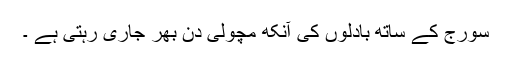
سورج کے ساتھ بادلوں کی آنکھ مچولی دن بھر جاری رہتی ہے ۔